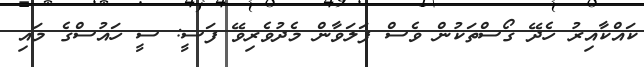
ކައްކާއިރު ހެދޭ ގޯސްތަކުން ވެސް ފަލަވާން މެދުވެރިވޭ ފަސީ: ސީ ހައުސްގެ މައި